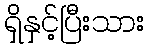
ရှိနှင့်ပြီးသား